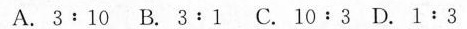
A.3:10B.3:1C.10:3D.1:3